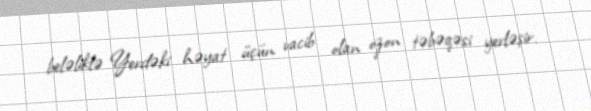
beləliklə Yerdəki həyat üçün vacib olan ozon təbəqəsi yerləşir.